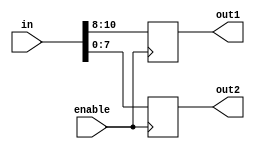
module decoder(enable,in,out1,out2);
input [10:0]in;
input enable;
output reg[2:0]out1;
output reg[7:0]out2;

always @(posedge enable)
      begin
       out1 <= {in[10],in[9],in[8]};
        out2 <= {in[7],in[6],in[5],in[4],in[3],in[2],in[1],in[0]};
      end

endmodule


module tb_decoder;
reg[10:0]in;
reg enable;
wire [7:0]out2;
wire [2:0]out1;

decoder de1(enable,in,out1,out2);

initial
begin
in = 8'b11100000;
enable = 1;

end
endmodule